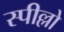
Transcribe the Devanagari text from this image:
स्पील्लो